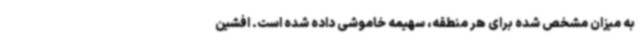
به میزان مشخص شده برای هر منطقه، سهیمه خاموشی داده شده است. افشین